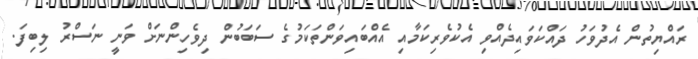
ރައްޔިތުން އެދުވަހު ދައްކަވައިދެއްވި އެކުވެރިކަމާއި އެއްބައިވަންތަކަމުގެ ސަބަބުން ދިވެހިންނަށް ވަނީ ނަސްރު ލިބިފަ.